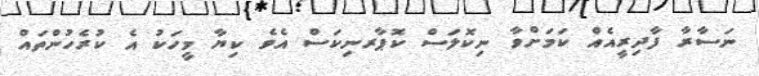
ނަސާރާ ފާދިރީއެއް ކަމަށްވާ ނިކޮލަސް ކޮޕާރނިކަސް އެވެ ކިޔާ މީހަކު އެ ކުރެހުންތައް